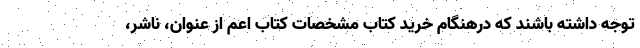
توجه داشته باشند که درهنگام خرید کتاب مشخصات کتاب اعم از عنوان، ناشر،